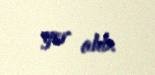
yer alıb.